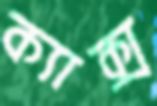
ক্যাক্স